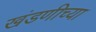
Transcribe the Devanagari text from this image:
खंडणीच्या